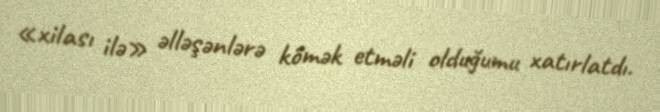
«xilası ilə» əlləşənlərə kömək etməli olduğumu xatırlatdı.